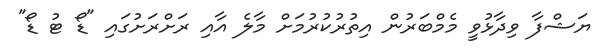
ޔަޝްފާ ވިދާޅުވީ މެމްބަރުން އިތުރުކުރުމަށް މާލެ އާއި ރަށްރަށުގައި "ޑޯ ޓު ޑޯ"